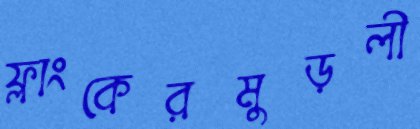
ফ্লাংকেরমুড়লী